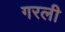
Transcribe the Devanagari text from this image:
गरली